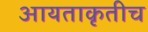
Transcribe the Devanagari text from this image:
आयताकृतीच